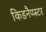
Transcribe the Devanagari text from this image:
किडनैप्प्स्टर